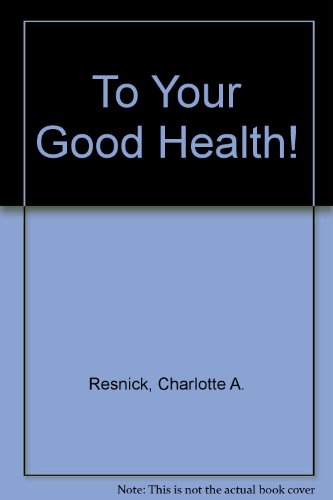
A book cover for To Your Good Health!; Charlotte A. Resnick; Teen & Young Adult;